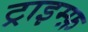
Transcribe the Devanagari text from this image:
ट्राइम्फ़